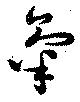
気